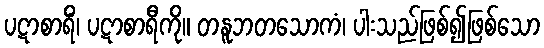
ပဋာစာရိံ၊ ပဋာစာရီကို။ တနူဘတသောကံ၊ ပါးသည်ဖြစ်၍ဖြစ်သော